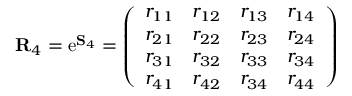
\mathbf { R } _ { 4 } = \mathrm { e } ^ { \mathbf { S } _ { 4 } } = \left( \begin{array} { l l l l } { r _ { 1 1 } } & { r _ { 1 2 } } & { r _ { 1 3 } } & { r _ { 1 4 } } \\ { r _ { 2 1 } } & { r _ { 2 2 } } & { r _ { 2 3 } } & { r _ { 2 4 } } \\ { r _ { 3 1 } } & { r _ { 3 2 } } & { r _ { 3 3 } } & { r _ { 3 4 } } \\ { r _ { 4 1 } } & { r _ { 4 2 } } & { r _ { 3 4 } } & { r _ { 4 4 } } \end{array} \right)